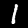
Label: 1